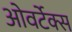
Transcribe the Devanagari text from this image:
ओवर्टेक्स